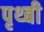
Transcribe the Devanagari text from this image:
पृथ्बी